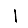
Digit: 1